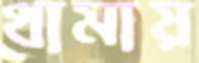
থামায়